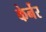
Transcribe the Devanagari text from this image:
केर्नेर